system: You are a helpful assistant.
user:
Analyze the provided spectrum to determine if it is a **"Cataclysmic Variables (CV)"**.

- **Key Indicators for CV (Check for either state):**
    - **State 1: Quiescent / Low-State (Emission-Dominated)**
        - **(Primary):** Strong and *very broad* Hydrogen Balmer emission lines (e.g., $H\alpha$ at 6563 Å, $H\beta$ at 4861 Å). The 'broadness' (high velocity dispersion, often FWHM > 1000 km/s) is the key diagnostic, indicating a high-velocity accretion disk.
        - **(Secondary):** Broad neutral Helium (He I) emission lines (e.g., 5876 Å, 6678 Å).
        - **(Key Confirmation):** Presence of high-excitation *ionized* Helium (He II) emission at 4686 Å. This is a strong indicator of accretion onto a white dwarf.
        - **(Line Profile):** Emission lines may exhibit a 'double-peaked' profile, which is a classic signature of a rotating accretion disk viewed at high inclination.

    - **State 2: Outburst / High-State (Absorption-Dominated)**
        - **(Primary):** Spectrum is dominated by a bright, blue continuum (looks like a hot star).
        - **(Secondary):** The emission lines from State 1 are weak, absent, or 'filled in', and are replaced by broad, shallow *absorption* lines (primarily Balmer and He I).
        - **(Morphology):** The overall spectrum mimics a hot B/A-type star. The crucial difference is that the absorption lines are significantly broader, shallower, and more 'washed-out' (or 'smeared') than the sharp lines of a normal stellar photosphere, due to high rotational speeds and pressure broadening in the disk.

Think first, call **spectral_visualization_tool** if needed to examine features in detail, then provide your final answer. Your response must adhere to the following strict rules:
1.  **Overall Structure:** Your response must follow the format `<think>...</think> <tool_call>...</tool_call> (if a tool is used) <answer>...</answer>`.
2.  **Tool Usage Constraint:** You may only make **one** tool call per turn.
3.  **Final Answer Format:** In the `<answer>` tag, your conclusion must be inside a `\boxed{}` command (e.g., `\boxed{YES}`), followed by your justification.

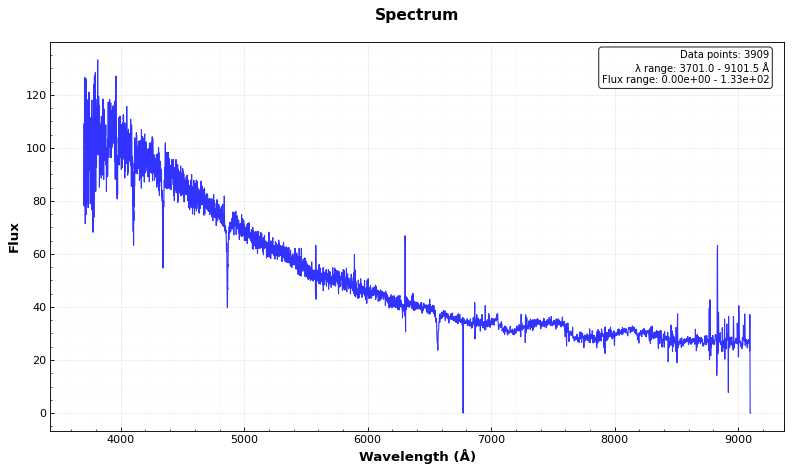
Answer: NO